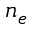
n _ { e }